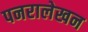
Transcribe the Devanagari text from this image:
पनरालेखन